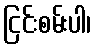
ငြင်းစမ်းပါ၊